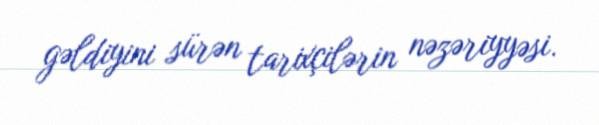
gəldiyini sürən tarixçilərin nəzəriyyəsi.